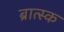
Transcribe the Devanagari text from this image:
ब्रात्स्क